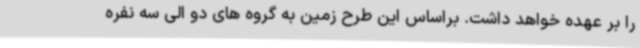
را بر عهده خواهد داشت. براساس این طرح زمین به گروه های دو الی سه نفره